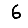
Digit: 6